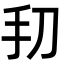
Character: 𫼔